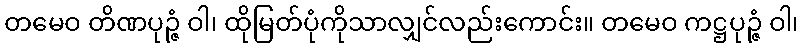
တမေဝ တိဏပုဉ္ဇံ ဝါ၊ ထိုမြတ်ပုံကိုသာလျှင်လည်းကောင်း။ တမေဝ ကဋ္ဌပုဉ္ဇံ ဝါ၊